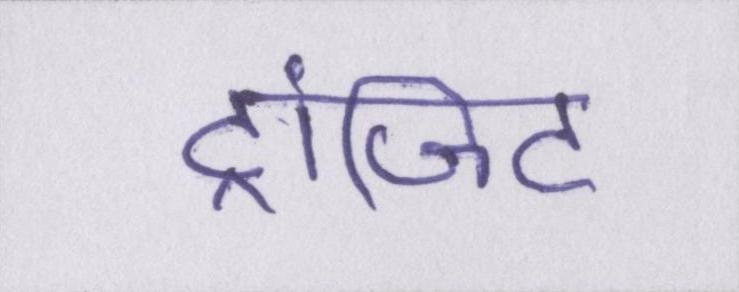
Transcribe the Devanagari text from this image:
ट्रांजिट